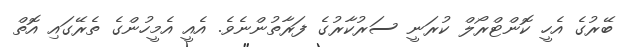
ބޭރުގެ އެހީ ކޮންޓްރޯލް ކުރަނީ ސަރުކާރުގެ ފަރާތުންނެވެ. އެއީ އެމީހުންގެ ތެރޭގައި އޮތް